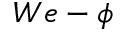
W e - \phi